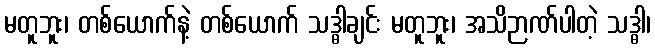
မတူဘူး၊ တစ်ယောက်နဲ့ တစ်ယောက် သဒ္ဓါချင်း မတူဘူး၊ အသိဉာဏ်ပါတဲ့ သဒ္ဓါ၊